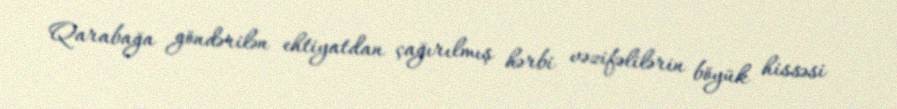
Qarabağa göndərilən ehtiyatdan çağırılmış hərbi vəzifəlilərin böyük hissəsi